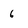
Character: 6